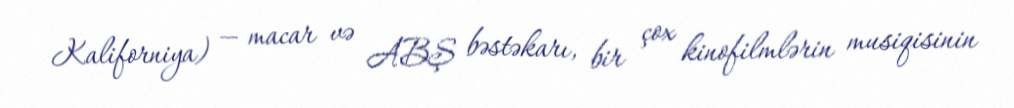
Kaliforniya) — macar və ABŞ bəstəkarı, bir çox kinofilmlərin musiqisinin